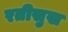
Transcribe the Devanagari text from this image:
रतीसुख